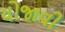
યોજાવી